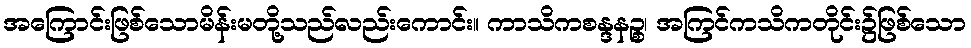
အကြောင်းဖြစ်သောမိန်းမတို့သည်လည်းကောင်း။ ကာသိကစန္ဒနဉ္စ၊ အကြင်ကသိကတိုင်း၌ဖြစ်သော